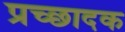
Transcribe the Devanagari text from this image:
प्रच्छादक